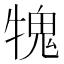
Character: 𤛂